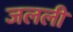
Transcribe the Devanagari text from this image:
जलली